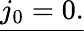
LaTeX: \underline{{j_{0}=0.}}